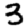
Digit: 3